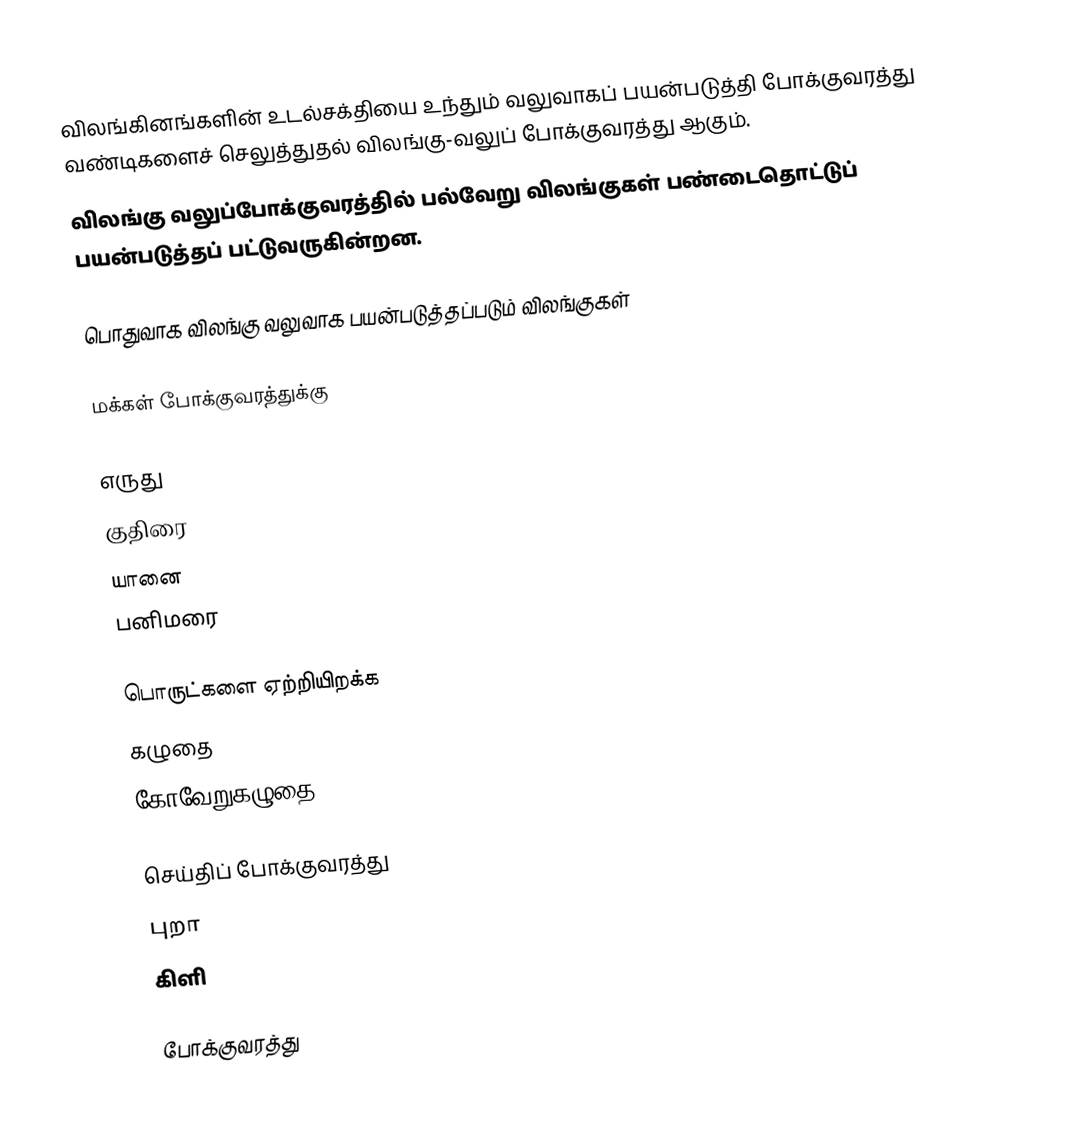
விலங்கினங்களின் உடல்சக்தியை உந்தும் வலுவாகப் பயன்படுத்தி போக்குவரத்து வண்டிகளைச் செலுத்துதல் விலங்கு-வலுப் போக்குவரத்து ஆகும்.
விலங்கு வலுப்போக்குவரத்தில் பல்வேறு விலங்குகள் பண்டைதொட்டுப் பயன்படுத்தப் பட்டுவருகின்றன.

பொதுவாக விலங்கு வலுவாக பயன்படுத்தப்படும் விலங்குகள்

மக்கள் போக்குவரத்துக்கு

எருது
குதிரை
யானை
பனிமரை

பொருட்களை ஏற்றியிறக்க
கழுதை
கோவேறுகழுதை

செய்திப் போக்குவரத்து
புறா
கிளி

போக்குவரத்து